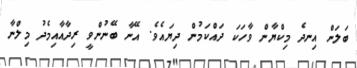
ބަލަން އިނދެ މިކްޔާން ވާހަކަ ދައްކަމުން ދިޔައެވެ. އޭނާ ބޭނުންވީ ރިދާއާއިމެދު މިލްނާ